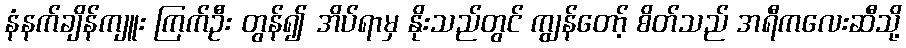
နံနက်ချိန်ကျူး ကြက်ဦး တွန်၍ အိပ်ရာမှ နိုးသည်တွင် ကျွန်တော့် စိတ်သည် အရီကလေးဆီသို့